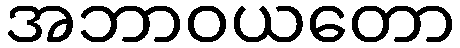
အဘာဝယတော